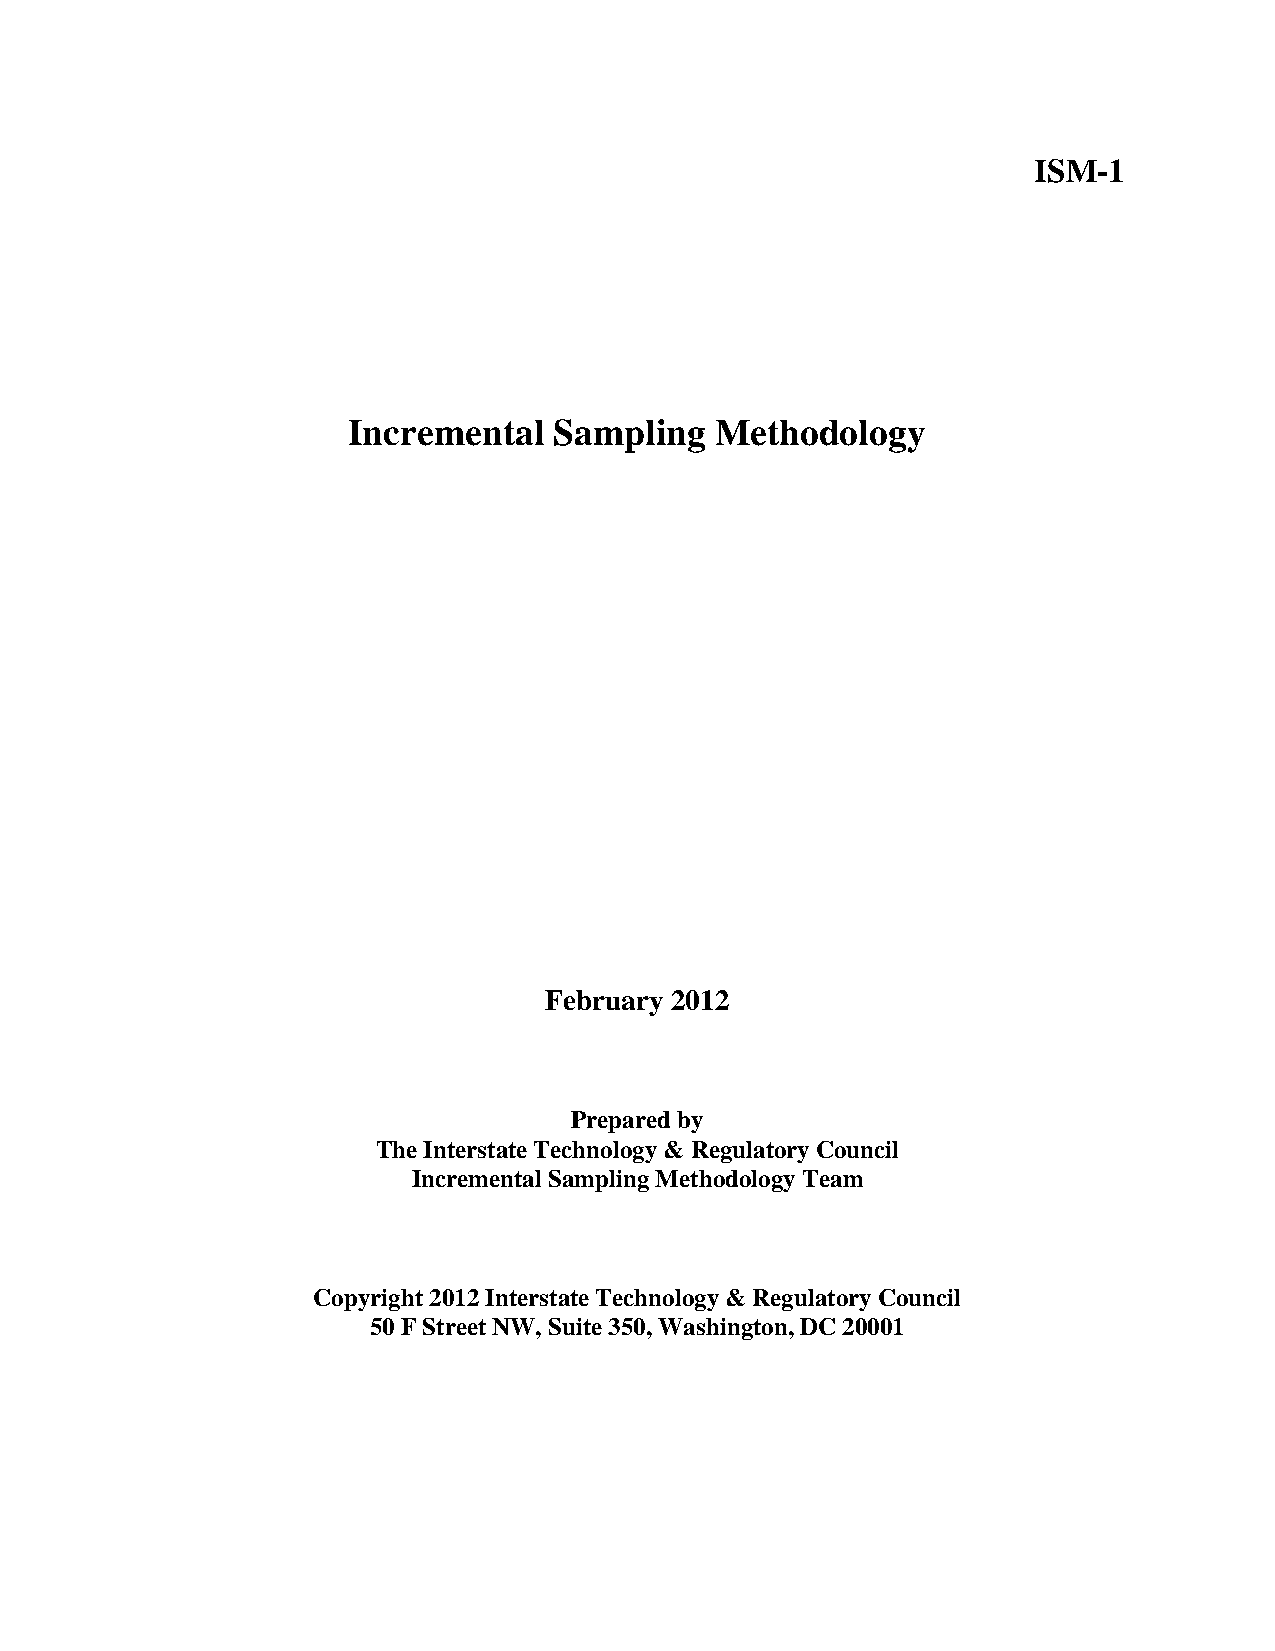
ISM-1
 Incremental   Sampling  Methodology
 February 2012
 Prepared by
 The Interstate Technology & Regulatory Council
 Incremental Sampling Methodology Team
 Copyright 2012 Interstate Technology & Regulatory Council
 50 F Street NW, Suite 350, Washington, DC 20001